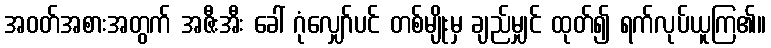
အဝတ်အစားအတွက် အဇီးအီး ခေါ် ဂုံလျှော်ပင် တစ်မျိုးမှ ချည်မျှင် ထုတ်၍ ရက်လုပ်ယူကြ၏။